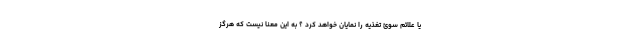
یا علائم سوئ تغذیه را نمایان خواهد کرد ؟ به این معنا نیست که هرگز